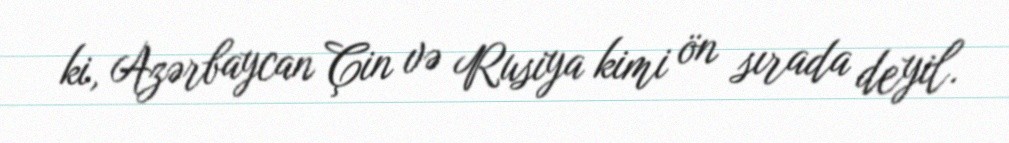
ki, Azərbaycan Çin və Rusiya kimi ön sırada deyil.